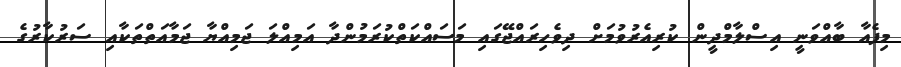
މިފެއާ ބާއްވަނީ އިސްލާމްދީން ކުރިއެރުވުމަށް ދިވެހިރައްޖޭގައި މަސައްކަތްކުރަމުންދާ އަމިއްލަ ޖަމިއްޔާ ޖަމާއަތްތަކާއި ސަރުކާރުގެ